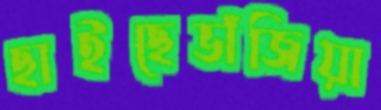
ছাইছেভাঁজিয়া